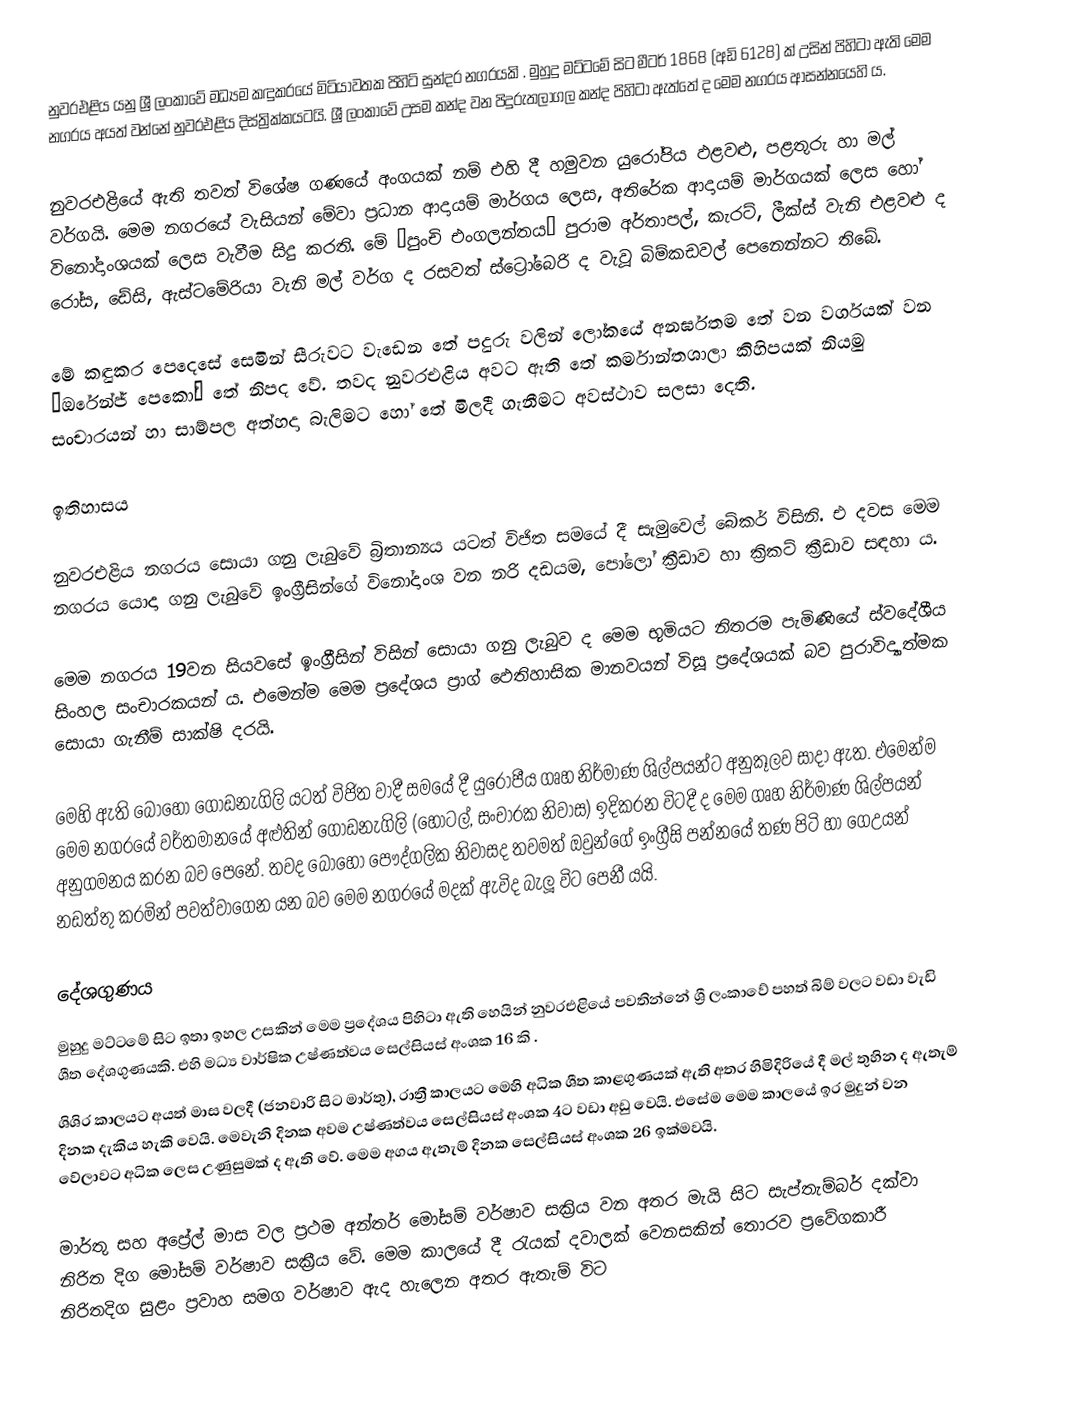
නුවරඑළිය යනු ශ්‍රී ලංකාවේ මධ්‍යම  කඳුකරයේ මිටියාවතක පිහිටි සුන්දර  නගරයකි . මුහුදු මට්ටමේ සිට මීටර් 1868 (අඩි 6128) ක් උසින් පිහිටා ඇති මෙම නගරය අයත් වන්නේ නුවරඑළිය දිස්ත්‍රික්කයටයි. ශ්‍රී ලංකාවේ උසම කන්ද වන පිදුරුතලාගල කන්ද පිහිටා ඇත්තේ ද මෙම නගරය ආසන්නයෙහි ය.

නුවරඑළියේ ඇති තවත් විශේෂ ගණයේ  අංගයක් නම් එහි දී හමුවන යුරෝපිය ඵළවළු, පළතුරු හා මල් වර්ගයි. ‍මෙම නගරයේ වැසියන් මේවා ප්‍රධාන ආදායම් මාර්ගය ලෙස, අතිරේක ආදායම් මාර්ගයක් ලෙස හෝ විනෝදාංශයක් ලෙස වැවීම සිදු කරති. මේ ‘පුංචි එංගලන්තය’ පුරාම  අර්තාපල්, කැරට්, ලීක්ස් වැනි එළවළු ද රෝස, ඩේසි, ඇස්ටමේරියා වැනි මල් වර්ග ද රසවත් ස්ට්‍රෝබෙරි ද වැවූ බිම්කඩවල් පෙනෙන්නට තිබේ.

මේ කඳුකර පෙදෙසේ සෙමින් සීරුවට වැඩෙන තේ පදුරු වලින් ලෝකයේ අනර්ඝතම තේ වන වර්ගයක් වන ‘ඔරේන්ජ් පෙකෝ” තේ නිපද වේ. තවද නුවරඑළිය අවට ඇති තේ කර්මාන්තශාලා කිහිපයක් නියමු සංචාරයන් හා සාම්පල අත්හදා බැලිමට හෝ තේ මිලදී ගැනීමට අවස්ථාව සලසා දෙති.

ඉතිහාසය

නුවරඑළිය නගරය සොයා ගනු ලැබුවේ බ්‍රිතාන්‍යය යටත් විජිත සමයේ දී සැමුවෙල් බේකර් විසිනි. එ දවස මෙම නගරය ‍යොදා ගනු ලැබුවේ ඉංග්‍රීසින්ගේ විනෝදාංශ වන නරි දඩයම, පෝලෝ  ක්‍රීඩාව හා ක්‍රිකට් ක්‍රීඩාව සඳහා ය.

මෙම නගරය 19වන සියවසේ ඉංග්‍රීසින් විසින් සොයා ගනු ලැබුව ද මෙම භූමියට නිතරම පැමිණියේ ස්ව‍දේශීය සිංහල සංචාරකයන් ය. එමෙන්ම  මෙම ප්‍රදේශය ප්‍රාග් ඵෙතිහාසික මානවයන් විසූ ප්‍රදේශයක් බව පුරාවිද්‍යාත්මක සොයා ගැනීම් සාක්ෂි දරයි.

මෙහි ඇති බොහෝ ගොඩනැගිලි යටත් විජිත වාදී සමයේ දී යුරෝපීය ගෘහ නිර්මාණ ශිල්පයන්ට අනුකූලව සාදා ඇත. එමෙන්ම මෙම නගරයේ වර්තමානයේ අළුතින් ගොඩනැගිලි (හෝටල්, සංචාරක නිවාස) ඉදිකරන විටදී ද  මෙම ගෘහ නිර්මාණ ශිල්පයන් අනුගමනය කරන බව පෙනේ. තවද බොහෝ ‍පෞද්ගලික නිවාසද තවමත් ඔවුන්ගේ ඉංග්‍රීසි පන්නයේ තණ පිටි හා ගෙඋයන් නඩත්තු කරමින් පවත්වාගෙන යන බව මෙම නගරයේ මදක් ඇවිද බැලූ විට පෙනී යයි.‍‍

දේශගුණය
මුහුදු මට්ටමේ සිට ඉතා ඉහල උසකින් මෙම ප්‍රදේශය පිහිටා ඇති හෙයින් නුවරඑළියේ පවතින්නේ ශ්‍රී ලංකාවේ පහත් බිම් වලට වඩා වැඩි ශීත දේශගුණයකි. එහි මධ්‍ය වාර්ෂික උෂ්ණත්වය සෙල්සියස් අංශක 16 කි  .
ශිශිර කාලයට අයත් මාස වලදී (ජනවාරි සිට මාර්තු), රාත්‍රී කාලයට මෙහි අධික ශීත කාළගුණයක් ඇති අතර හිමිදිරියේ දී මල් තුහින ද ඇතැම් දිනක දැකිය හැකි වෙයි. මෙවැනි දිනක අවම උෂ්ණත්වය සෙල්සියස් අංශක 4ට වඩා අඩු වෙයි. එසේම මෙම කාලයේ ඉර මුදුන් වන වේලාවට අධික ලෙස උණුසුමක් ද ඇති ‍වේ. මෙම අගය ඇතැම් දිනක සෙල්සියස් අංශක 26 ඉක්මවයි.

මාර්තු සහ අප්‍රේල් මාස වල ප්‍රථම අන්තර් මෝසම් වර්ෂාව සක්‍රිය වන අතර මැයි සිට සැප්තැම්බර් දක්වා නිරිත දිග මෝසම් වර්ෂාව සක්‍රීය වේ. මෙම කාලයේ දී රැයක් දවාලක් වෙනසකින් තොරව ප්‍රවේගකාරී නිරිතදිග සුළං ප්‍රවාහ සමග වර්ෂාව ඇද හැලෙන අතර ඇතැම් විට